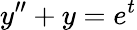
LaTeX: y^{\prime\prime}+y=e^{t}